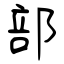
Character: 部